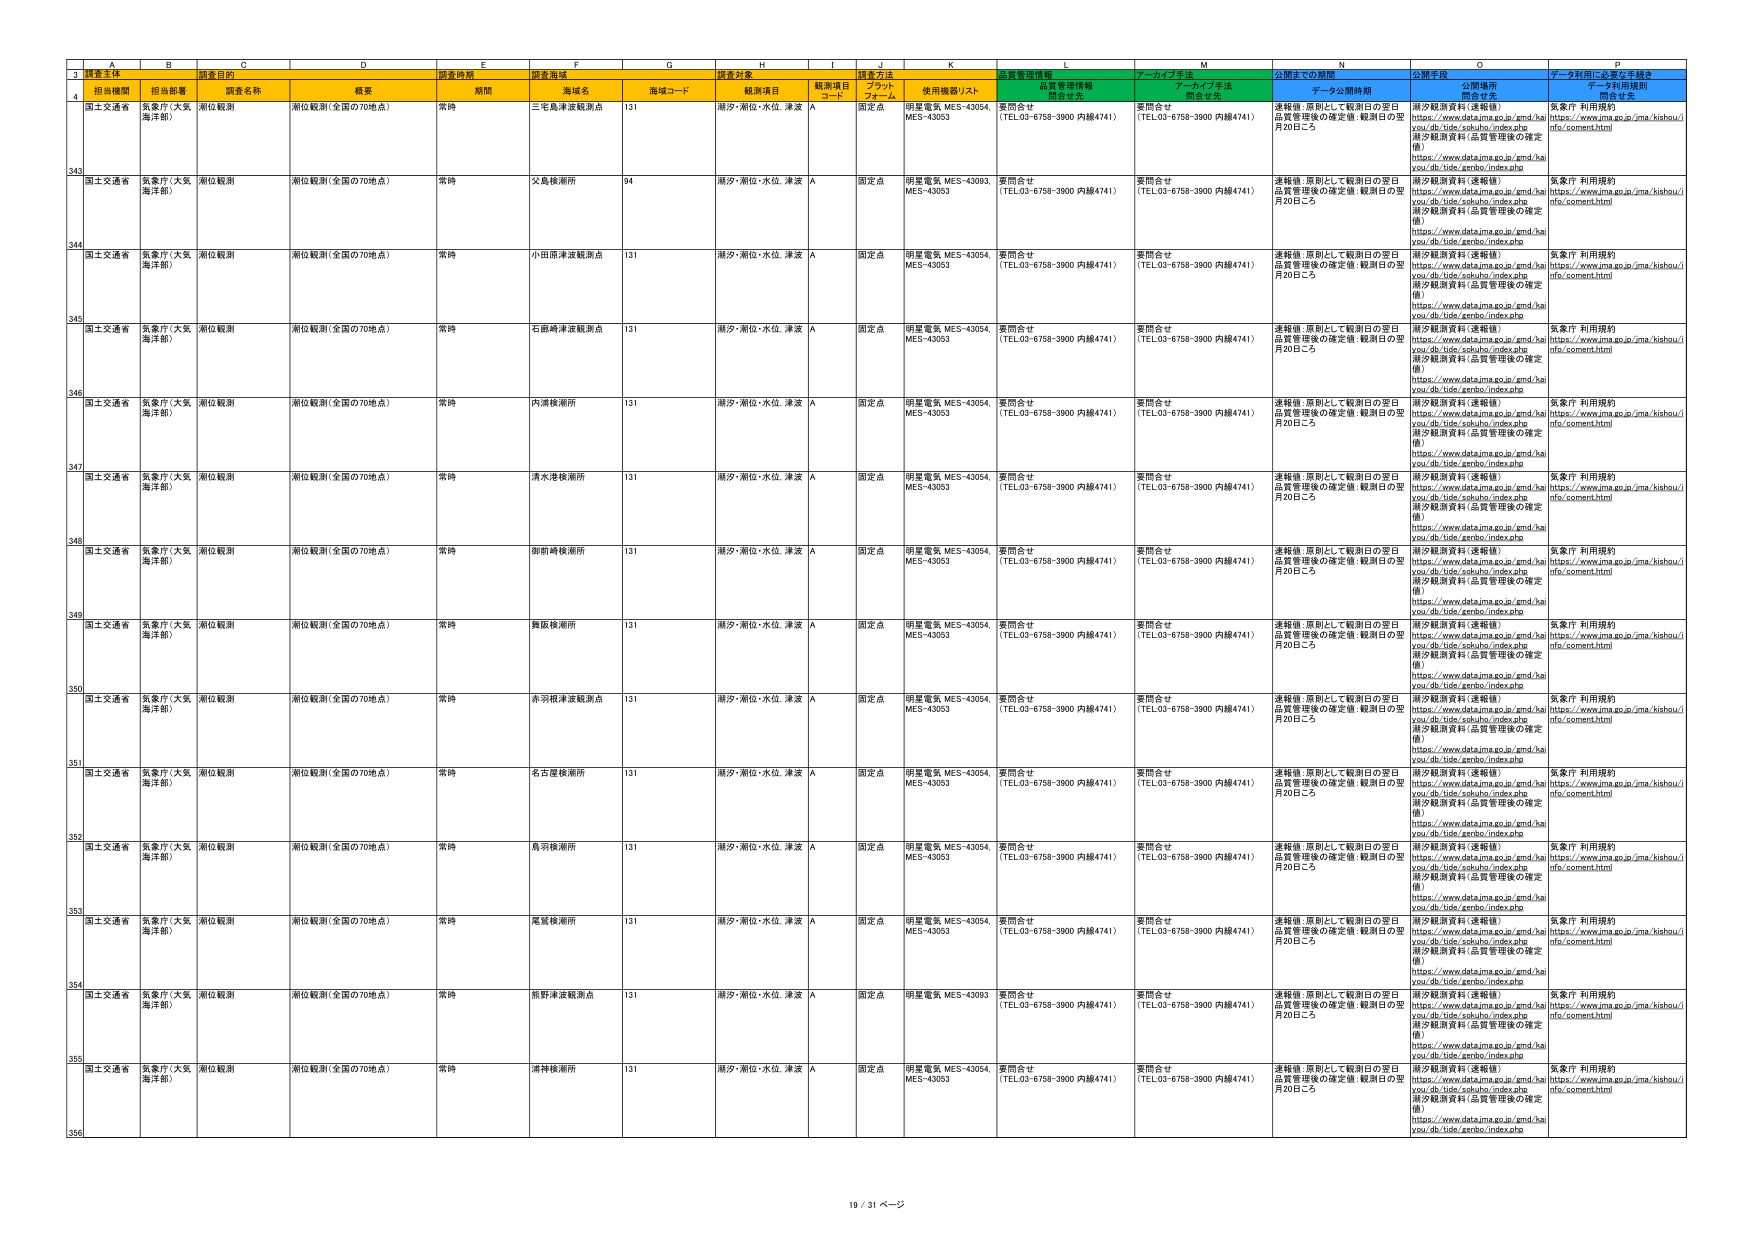
3 観測主体
4 担当機関 担当部署 調査目的 概要 観測期間 観測海域 海域名 海域コード 観測項目 観測項目コード 観測方法 ブラケット フォーム 使用機器リスト 品質管理情報 問合せ先 アーカイブ手法 問合せ先 公開までの期間 データ公開時期 データ利用に必要な手続き データ利用規約 問合せ先
国土交通省 気象庁（大阪海洋部） 潮位観測 潮位観測（全国の70地点） 常時 三宅島津波観測点 131 潮汐・潮位・水位、津波 A 固定点 明星電気 MES-43054, MES-43053 要問合せ （TEL03-6758-3900 内線4741） 要問合せ （TEL03-6758-3900 内線4741） 連絡後、原則として観測日の翌日 品質管理後の確定値：観測日の翌月20日ごろ 潮汐観測資料（速報値） https://www.data.jma.go.jp/gmd/ha you/db/tide/sokuhou/index.php 潮汐観測資料（品質管理後の確定値） https://www.data.jma.go.jp/gmd/ha you/db/tide/zenbo/index.php 気象庁 利用規約 https://www.jma.go.jp/jma/kishou/i nfo/comment.html
343
国土交通省 気象庁（大阪海洋部） 潮位観測 潮位観測（全国の70地点） 常時 父島検潮所 94 潮汐・潮位・水位、津波 A 固定点 明星電気 MES-43093, MES-43053 要問合せ （TEL03-6758-3900 内線4741） 要問合せ （TEL03-6758-3900 内線4741） 連絡後、原則として観測日の翌日 品質管理後の確定値：観測日の翌月20日ごろ 潮汐観測資料（速報値） https://www.data.jma.go.jp/gmd/ha you/db/tide/sokuhou/index.php 潮汐観測資料（品質管理後の確定値） https://www.data.jma.go.jp/gmd/ha you/db/tide/zenbo/index.php 気象庁 利用規約 https://www.jma.go.jp/jma/kishou/i nfo/comment.html
344
国土交通省 気象庁（大阪海洋部） 潮位観測 潮位観測（全国の70地点） 常時 小田原津波観測点 131 潮汐・潮位・水位、津波 A 固定点 明星電気 MES-43054, MES-43053 要問合せ （TEL03-6758-3900 内線4741） 要問合せ （TEL03-6758-3900 内線4741） 連絡後、原則として観測日の翌日 品質管理後の確定値：観測日の翌月20日ごろ 潮汐観測資料（速報値） https://www.data.jma.go.jp/gmd/ha you/db/tide/sokuhou/index.php 潮汐観測資料（品質管理後の確定値） https://www.data.jma.go.jp/gmd/ha you/db/tide/zenbo/index.php 気象庁 利用規約 https://www.jma.go.jp/jma/kishou/i nfo/comment.html
345
国土交通省 気象庁（大阪海洋部） 潮位観測 潮位観測（全国の70地点） 常時 石廊崎津波観測点 131 潮汐・潮位・水位、津波 A 固定点 明星電気 MES-43054, MES-43053 要問合せ （TEL03-6758-3900 内線4741） 要問合せ （TEL03-6758-3900 内線4741） 連絡後、原則として観測日の翌日 品質管理後の確定値：観測日の翌月20日ごろ 潮汐観測資料（速報値） https://www.data.jma.go.jp/gmd/ha you/db/tide/sokuhou/index.php 潮汐観測資料（品質管理後の確定値） https://www.data.jma.go.jp/gmd/ha you/db/tide/zenbo/index.php 気象庁 利用規約 https://www.jma.go.jp/jma/kishou/i nfo/comment.html
346
国土交通省 気象庁（大阪海洋部） 潮位観測 潮位観測（全国の70地点） 常時 内浦検潮所 131 潮汐・潮位・水位、津波 A 固定点 明星電気 MES-43054, MES-43053 要問合せ （TEL03-6758-3900 内線4741） 要問合せ （TEL03-6758-3900 内線4741） 連絡後、原則として観測日の翌日 品質管理後の確定値：観測日の翌月20日ごろ 潮汐観測資料（速報値） https://www.data.jma.go.jp/gmd/ha you/db/tide/sokuhou/index.php 潮汐観測資料（品質管理後の確定値） https://www.data.jma.go.jp/gmd/ha you/db/tide/zenbo/index.php 気象庁 利用規約 https://www.jma.go.jp/jma/kishou/i nfo/comment.html
347
国土交通省 気象庁（大阪海洋部） 潮位観測 潮位観測（全国の70地点） 常時 清水港検潮所 131 潮汐・潮位・水位、津波 A 固定点 明星電気 MES-43054, MES-43053 要問合せ （TEL03-6758-3900 内線4741） 要問合せ （TEL03-6758-3900 内線4741） 連絡後、原則として観測日の翌日 品質管理後の確定値：観測日の翌月20日ごろ 潮汐観測資料（速報値） https://www.data.jma.go.jp/gmd/ha you/db/tide/sokuhou/index.php 潮汐観測資料（品質管理後の確定値） https://www.data.jma.go.jp/gmd/ha you/db/tide/zenbo/index.php 気象庁 利用規約 https://www.jma.go.jp/jma/kishou/i nfo/comment.html
348
国土交通省 気象庁（大阪海洋部） 潮位観測 潮位観測（全国の70地点） 常時 御前崎検潮所 131 潮汐・潮位・水位、津波 A 固定点 明星電気 MES-43054, MES-43053 要問合せ （TEL03-6758-3900 内線4741） 要問合せ （TEL03-6758-3900 内線4741） 連絡後、原則として観測日の翌日 品質管理後の確定値：観測日の翌月20日ごろ 潮汐観測資料（速報値） https://www.data.jma.go.jp/gmd/ha you/db/tide/sokuhou/index.php 潮汐観測資料（品質管理後の確定値） https://www.data.jma.go.jp/gmd/ha you/db/tide/zenbo/index.php 気象庁 利用規約 https://www.jma.go.jp/jma/kishou/i nfo/comment.html
349
国土交通省 気象庁（大阪海洋部） 潮位観測 潮位観測（全国の70地点） 常時 舞阪検潮所 131 潮汐・潮位・水位、津波 A 固定点 明星電気 MES-43054, MES-43053 要問合せ （TEL03-6758-3900 内線4741） 要問合せ （TEL03-6758-3900 内線4741） 連絡後、原則として観測日の翌日 品質管理後の確定値：観測日の翌月20日ごろ 潮汐観測資料（速報値） https://www.data.jma.go.jp/gmd/ha you/db/tide/sokuhou/index.php 潮汐観測資料（品質管理後の確定値） https://www.data.jma.go.jp/gmd/ha you/db/tide/zenbo/index.php 気象庁 利用規約 https://www.jma.go.jp/jma/kishou/i nfo/comment.html
350
国土交通省 気象庁（大阪海洋部） 潮位観測 潮位観測（全国の70地点） 常時 赤羽根津波観測点 131 潮汐・潮位・水位、津波 A 固定点 明星電気 MES-43054, MES-43053 要問合せ （TEL03-6758-3900 内線4741） 要問合せ （TEL03-6758-3900 内線4741） 連絡後、原則として観測日の翌日 品質管理後の確定値：観測日の翌月20日ごろ 潮汐観測資料（速報値） https://www.data.jma.go.jp/gmd/ha you/db/tide/sokuhou/index.php 潮汐観測資料（品質管理後の確定値） https://www.data.jma.go.jp/gmd/ha you/db/tide/zenbo/index.php 気象庁 利用規約 https://www.jma.go.jp/jma/kishou/i nfo/comment.html
351
国土交通省 気象庁（大阪海洋部） 潮位観測 潮位観測（全国の70地点） 常時 名古屋検潮所 131 潮汐・潮位・水位、津波 A 固定点 明星電気 MES-43054, MES-43053 要問合せ （TEL03-6758-3900 内線4741） 要問合せ （TEL03-6758-3900 内線4741） 連絡後、原則として観測日の翌日 品質管理後の確定値：観測日の翌月20日ごろ 潮汐観測資料（速報値） https://www.data.jma.go.jp/gmd/ha you/db/tide/sokuhou/index.php 潮汐観測資料（品質管理後の確定値） https://www.data.jma.go.jp/gmd/ha you/db/tide/zenbo/index.php 気象庁 利用規約 https://www.jma.go.jp/jma/kishou/i nfo/comment.html
352
国土交通省 気象庁（大阪海洋部） 潮位観測 潮位観測（全国の70地点） 常時 鳥羽検潮所 131 潮汐・潮位・水位、津波 A 固定点 明星電気 MES-43054, MES-43053 要問合せ （TEL03-6758-3900 内線4741） 要問合せ （TEL03-6758-3900 内線4741） 連絡後、原則として観測日の翌日 品質管理後の確定値：観測日の翌月20日ごろ 潮汐観測資料（速報値） https://www.data.jma.go.jp/gmd/ha you/db/tide/sokuhou/index.php 潮汐観測資料（品質管理後の確定値） https://www.data.jma.go.jp/gmd/ha you/db/tide/zenbo/index.php 気象庁 利用規約 https://www.jma.go.jp/jma/kishou/i nfo/comment.html
353
国土交通省 気象庁（大阪海洋部） 潮位観測 潮位観測（全国の70地点） 常時 尾鷲検潮所 131 潮汐・潮位・水位、津波 A 固定点 明星電気 MES-43054, MES-43053 要問合せ （TEL03-6758-3900 内線4741） 要問合せ （TEL03-6758-3900 内線4741） 連絡後、原則として観測日の翌日 品質管理後の確定値：観測日の翌月20日ごろ 潮汐観測資料（速報値） https://www.data.jma.go.jp/gmd/ha you/db/tide/sokuhou/index.php 潮汐観測資料（品質管理後の確定値） https://www.data.jma.go.jp/gmd/ha you/db/tide/zenbo/index.php 気象庁 利用規約 https://www.jma.go.jp/jma/kishou/i nfo/comment.html
354
国土交通省 気象庁（大阪海洋部） 潮位観測 潮位観測（全国の70地点） 常時 熊野津波観測点 131 潮汐・潮位・水位、津波 A 固定点 明星電気 MES-43093, MES-43053 要問合せ （TEL03-6758-3900 内線4741） 要問合せ （TEL03-6758-3900 内線4741） 連絡後、原則として観測日の翌日 品質管理後の確定値：観測日の翌月20日ごろ 潮汐観測資料（速報値） https://www.data.jma.go.jp/gmd/ha you/db/tide/sokuhou/index.php 潮汐観測資料（品質管理後の確定値） https://www.data.jma.go.jp/gmd/ha you/db/tide/zenbo/index.php 気象庁 利用規約 https://www.jma.go.jp/jma/kishou/i nfo/comment.html
355
国土交通省 気象庁（大阪海洋部） 潮位観測 潮位観測（全国の70地点） 常時 湯野検潮所 131 潮汐・潮位・水位、津波 A 固定点 明星電気 MES-43054, MES-43053 要問合せ （TEL03-6758-3900 内線4741） 要問合せ （TEL03-6758-3900 内線4741） 連絡後、原則として観測日の翌日 品質管理後の確定値：観測日の翌月20日ごろ 潮汐観測資料（速報値） https://www.data.jma.go.jp/gmd/ha you/db/tide/sokuhou/index.php 潮汐観測資料（品質管理後の確定値） https://www.data.jma.go.jp/gmd/ha you/db/tide/zenbo/index.php 気象庁 利用規約 https://www.jma.go.jp/jma/kishou/i nfo/comment.html
356
19 / 31 ページ